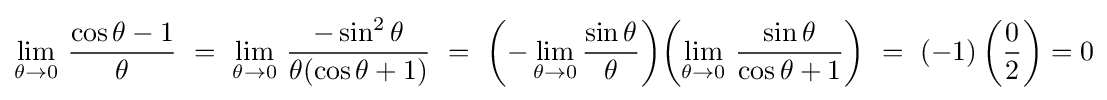
\lim _{\theta \to 0}\,{\frac {\cos \theta -1}{\theta }}\ =\ \lim _{\theta \to 0}\,{\frac {-\sin ^{2}\theta }{\theta (\cos \theta +1)}}\ =\ \left(-\lim _{\theta \to 0}{\frac {\sin \theta }{\theta }}\right)\!\left(\lim _{\theta \to 0}\,{\frac {\sin \theta }{\cos \theta +1}}\right)\ =\ (-1)\left({\frac {0}{2}}\right)=0